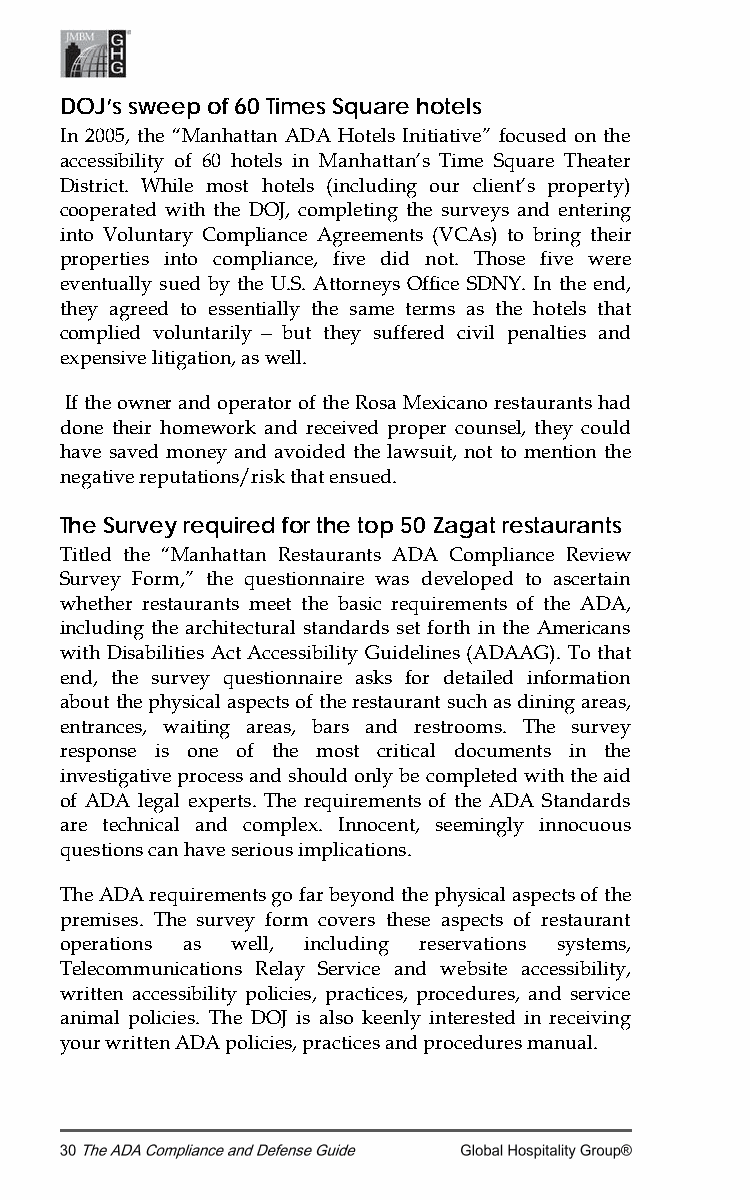
DOJ’s sweep of 60 Times Square hotels
 In 2005, the “Manhattan ADA Hotels Initiative” focused on the
 accessibility of 60 hotels in Manhattan’s Time Square Theater
 District. While most hotels (including our client’s property)
 cooperated with the DOJ, completing the surveys and entering
 into Voluntary Compliance Agreements (VCAs) to bring their
 properties into compliance, five did not. Those five were
 eventually sued by the U.S. Attorneys Office SDNY. In the end,
 they agreed to essentially the same terms as the hotels that
 complied voluntarily — but they suffered civil penalties and
 expensive litigation, as well.
 If the owner and operator of the Rosa Mexicano restaurants had
 done their homework and received proper counsel, they could
 have saved money and avoided the lawsuit, not to mention the
 negative reputations/risk that ensued.
 The Survey required for the top 50 Zagat restaurants
 Titled the “Manhattan Restaurants ADA Compliance Review
 Survey Form,” the questionnaire was developed to ascertain
 whether restaurants meet the basic requirements of the ADA,
 including the architectural standards set forth in the Americans
 with Disabilities Act Accessibility Guidelines (ADAAG). To that
 end, the survey questionnaire asks for detailed information
 about the physical aspects of the restaurant such as dining areas,
 entrances, waiting areas, bars and restrooms. The survey
 response is one of the most critical documents in the
 investigative process and should only be completed with the aid
 of ADA legal experts. The requirements of the ADA Standards
 are technical and complex. Innocent, seemingly innocuous
 questions can have serious implications.
 The ADA requirements go far beyond the physical aspects of the
 premises. The survey form covers these aspects of restaurant
 operations as well, including reservations systems,
 Telecommunications Relay Service and website accessibility,
 written accessibility policies, practices, procedures, and service
 animal policies. The DOJ is also keenly interested in receiving
 your written ADA policies, practices and procedures manual.